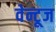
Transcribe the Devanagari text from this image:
वेन्टूज